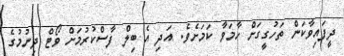
ދީފައިވާކަން ތަހުގީގަށް ހާމަވާ ކަމަށެވެ. އަދި އެ ބިލް ފާސްކުރުމަށް ވޯޓް ދިނުމުގެ